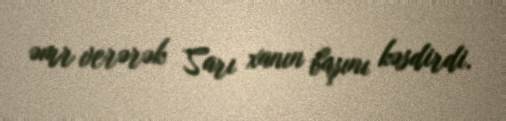
əmr verərək Sarı xanın başını kəsdirdi.